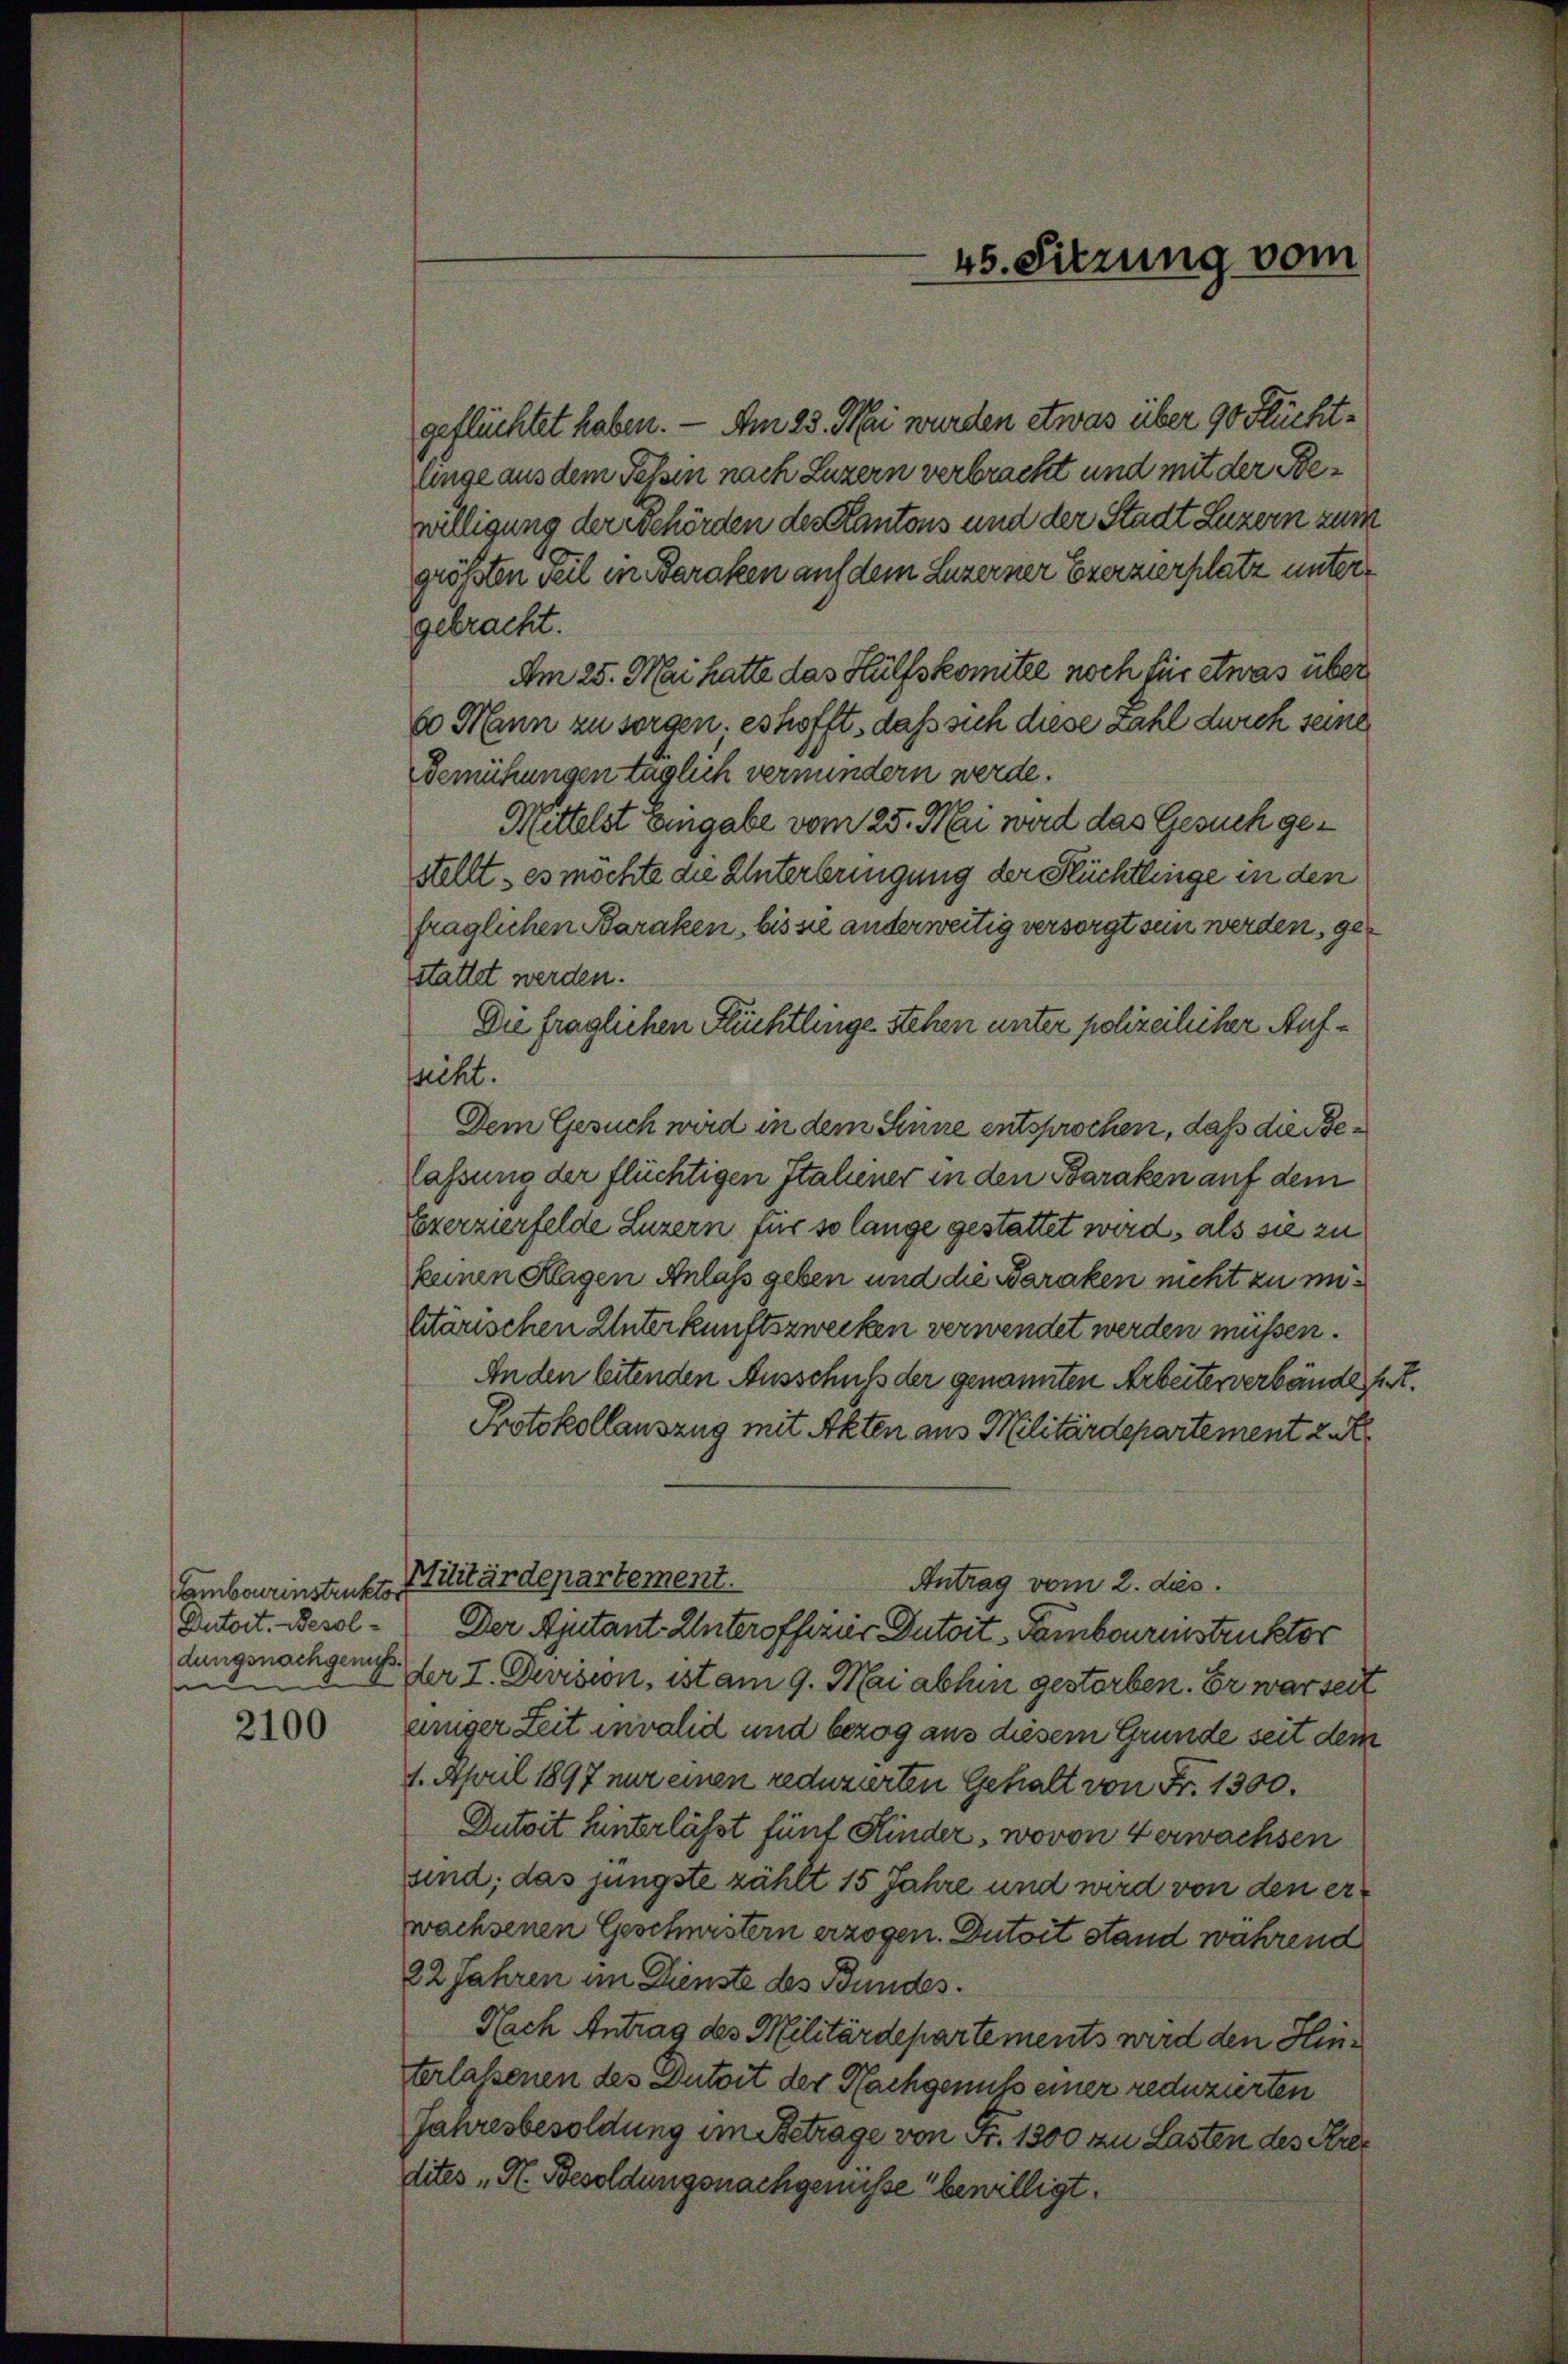
Sambourinstruktor
(Dutort. Besoldungsnachgenuß.

2100

geflüchtet haben. - Am 23. Mai wurden etwas über 90 Stüchtlinge aus dem Tessin nach Luzern verbracht und mit der Bewilligung der Behörden des Kantons und der Stadt Luzern zum
größten Teil in Baraken auf dem Luzerner Exerzierplatz untergebracht.
Am 25. Mai hatte das Hülfskomitee noch für etwas über
6o Mann zu sorgen. es hofft, daß sich diese Zahl durch seine
Bemühungen täglich vermindern werde.
Mittelst Eingabe vom 25. Mai wird das Gesuch gestellt, es möchte die Unterbringung der Küchtlinge in den
fraglichen Baraken, bis sie anderweitig versorgt sein werden, gestattet werden.
Die fraglichen Flüchtlinge stehen unter polizeilicher Aufssicht.
Dem Gesuch wird in dem Sinne entsprochen, daß die Belassung der flüchtigen Italiener in den Baraken auf dem
Exerzierfelde Luzern für so lange gestattet wird, als sie zu
keinen Klagen Anlass geben und die Baraken nicht zu eiltärischen Unterkunftszwecken verwendet werden müssen.
An den leitenden Ausschuß der genannten Arbeiterverbände hist.
Protokollauszug mit Akten aus Militärdepartement 2
Militärdepartement.
Antrag vom 2. dies
Der Ajutant Unteroffizir Dutoit - Tambourenstruktor
der T. Dursion, ist am 9. Mai abhin gestorben. Er war seit
einger Zeit invalid und bezog aus diesem Grunde seit dem
1. April 1897 nur einen reduzierten Gehalt von Fr. 1300.
Dutoit hinterlässt fünf Kinder, wovon Verwachsen
sind; das jüngste zählt 15 Jahre und wird von den erwachsenen Geschwistern erzogen. Dutoit stand während
22 Jahren im Dienste des Bundes.
Nach Antrag des Militärdepartements wird den Hinterlassenen des Dutoit der Nachgenuss einer reduzierten
Jahresbesoldung im Betrage von Fr. 1300 zu Lasten des Kredites H. Besoldungsnachgewisse bewilligt.

45. Sitzung vom